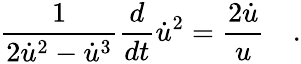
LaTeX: \frac{1}{2\dot{u}^{2}-\dot{u}^{3}}\frac{d}{dt}\dot{u}^{2}=\frac{2\dot{u}}{u}\quad.